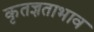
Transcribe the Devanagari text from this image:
कृतज्ञताभाव